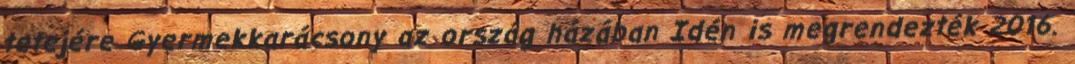
tetejére Gyermekkarácsony az ország házában Idén is megrendezték 2016.